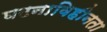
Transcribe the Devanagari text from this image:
घटनाविहीनता